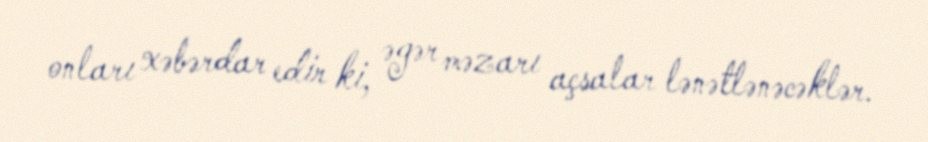
onları xəbərdar edir ki, əgər məzarı açsalar lənətlənəcəklər.